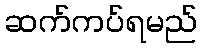
ဆက်ကပ်ရမည်